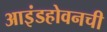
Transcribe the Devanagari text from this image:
आइंडहोवनची